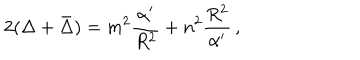
2 ( \Delta + \bar { \Delta } ) = m ^ { 2 } \frac { \alpha ^ { \prime } } { R ^ { 2 } } + n ^ { 2 } \frac { R ^ { 2 } } { \alpha ^ { \prime } } \, ,